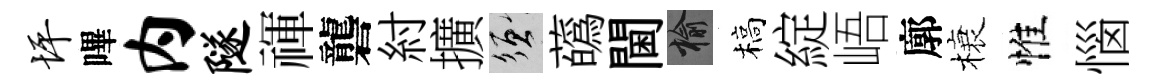
坪嗶内隧禈礱紂擴須蘤閫榆槁綻峿廓榱惟惱